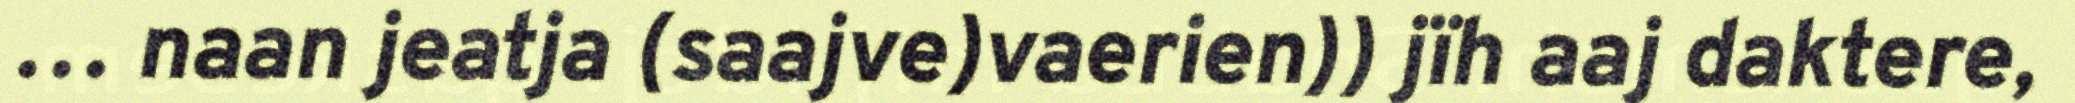
… naan jeatja (saajve)vaerien)) jïh aaj daktere,